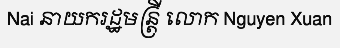
Nai នាយករដ្ឋមន្ត្រី លោក Nguyen Xuan